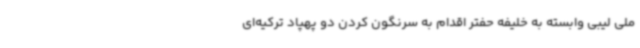
ملی لیبی وابسته به خلیفه حفتر اقدام به سرنگون کردن دو پهپاد ترکیه‌ای